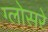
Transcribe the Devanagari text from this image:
ग्लोसरे